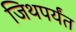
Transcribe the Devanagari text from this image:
जिथपर्यंत